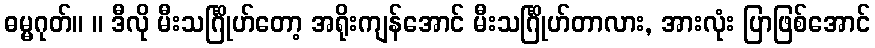
ဓမ္မဂုတ်။ ။ ဒီလို မီးသင်္ဂြိုဟ်တော့ အရိုးကျန်အောင် မီးသင်္ဂြိုဟ်တာလား, အားလုံး ပြာဖြစ်အောင်